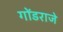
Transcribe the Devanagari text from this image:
गोंडराजे